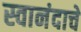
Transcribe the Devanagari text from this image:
स्वानंदाचे